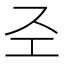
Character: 𢀖